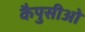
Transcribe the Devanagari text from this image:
कैपुसीओ